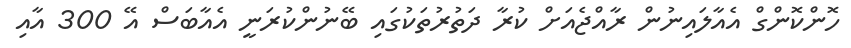
ހޮންކޮންގް އެއާލައިނުން ރާއްޖެއަށް ކުރާ ދަތުރުތަކުގައި ބޭނުންކުރަނީ އެއާބަސް އޭ 300 އާއި